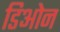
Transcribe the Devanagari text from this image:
डिओन